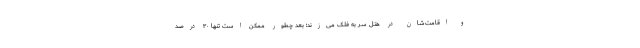
و اقامت‌شان در هتل سر به فلک می‌زند؛ بعد چطور ممکن است تنها ۳۰ درصد